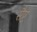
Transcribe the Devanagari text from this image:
सैप्ट